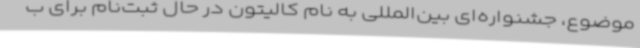
موضوع، جشنواره‌ای بین‌المللی به نام کالیتون در حال ثبت‌نام برای ب